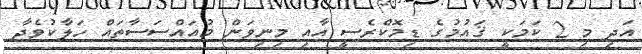
އަދި މި 2 ކަމަކީ ޤައުމުގެ ޑިމޮކްރެސީ އާއި މިނިވަން މުއައްސަސާތައް ހަލާކުވެދާ